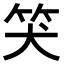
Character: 𥬇